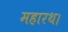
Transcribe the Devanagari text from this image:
महारथ।